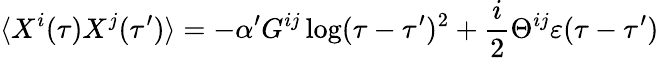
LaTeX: \langle X^{i}(\tau)X^{j}(\tau^{\prime})\rangle=-\alpha^{\prime}G^{ij}\log(\tau-\tau^{\prime})^{2}+{\frac{i}{2}}\Theta^{ij}\varepsilon(\tau-\tau^{\prime})